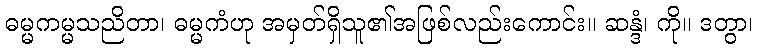
ဓမ္မကမ္မသညိတာ၊ ဓမ္မကံဟု အမှတ်ရှိသူ၏အဖြစ်လည်းကောင်း။ ဆန္ဒံ၊ ကို။ ဒတွာ၊